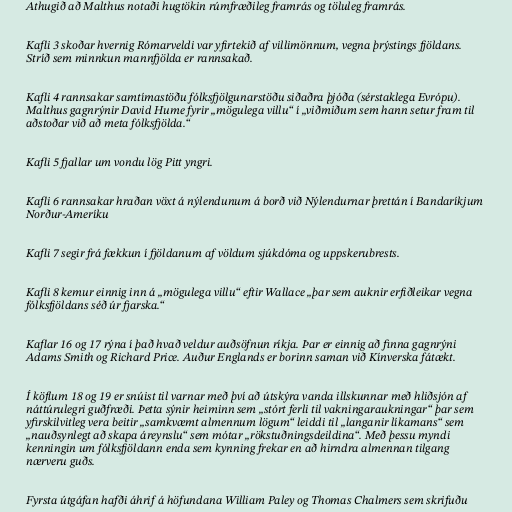
Athugið að Malthus notaði hugtökin rúmfræðileg framrás og töluleg framrás.

Kafli 3 skoðar hvernig Rómarveldi var yfirtekið af villimönnum, vegna þrýstings fjöldans.
Stríð sem minnkun mannfjölda er rannsakað.

Kafli 4 rannsakar samtímastöðu fólksfjölgunarstöðu siðaðra þjóða (sérstaklega Evrópu).
Malthus gagnrýnir David Hume fyrir „mögulega villu“ í „viðmiðum sem hann setur fram til
aðstoðar við að meta fólksfjölda.“

Kafli 5 fjallar um vondu lög Pitt yngri.

Kafli 6 rannsakar hraðan vöxt á nýlendunum á borð við Nýlendurnar þrettán í Bandaríkjum
Norður-Ameríku

Kafli 7 segir frá fækkun í fjöldanum af völdum sjúkdóma og uppskerubrests.

Kafli 8 kemur einnig inn á „mögulega villu“ eftir Wallace „þar sem auknir erfiðleikar vegna
fólksfjöldans séð úr fjarska.“

Kaflar 16 og 17 rýna í það hvað veldur auðsöfnun ríkja. Þar er einnig að finna gagnrýni
Adams Smith og Richard Price. Auður Englands er borinn saman við Kínverska fátækt.

Í köflum 18 og 19 er snúist til varnar með því að útskýra vanda illskunnar með hliðsjón af
náttúrulegri guðfræði. Þetta sýnir heiminn sem „stórt ferli til vakningaraukningar“ þar sem
yfirskilvitleg vera beitir „samkvæmt almennum lögum“ leiddi til „langanir líkamans“ sem
„nauðsynlegt að skapa áreynslu“ sem mótar „rökstuðningsdeildina“. Með þessu myndi
kenningin um fólksfjöldann enda sem kynning frekar en að hirndra almennan tilgang
nærveru guðs.

Fyrsta útgáfan hafði áhrif á höfundana William Paley og Thomas Chalmers sem skrifuðu